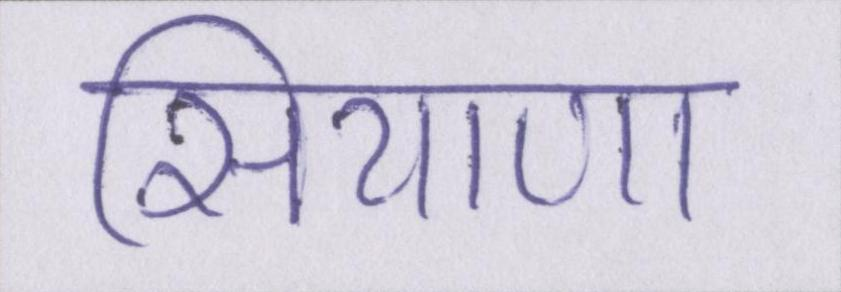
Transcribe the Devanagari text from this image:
सियाणा